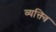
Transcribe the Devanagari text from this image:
व्यक्त्वि